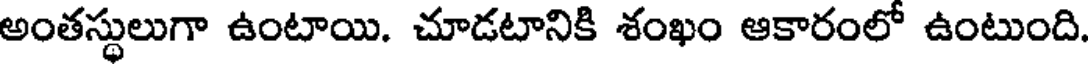
అంతస్థులుగా ఉంటాయి. చూడటానికి శంఖం ఆకారంలో ఉంటుంది.